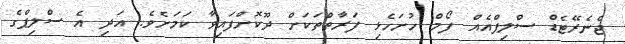
ޖެނެރޭޓެޑް ސްލިޕްއެއް ފޯމް ހުށަހެޅި ފަރާތްތަކަށް ދޫކޮށްފައިވާ ކަމަށެވެ. އަދި އެ ސްލިޕްގެ